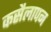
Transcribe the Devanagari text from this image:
कसैलापन